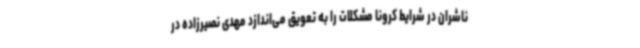
ناشران در شرایط کرونا مشکلات را به تعویق می‌اندازد مهدی نصیرزاده در